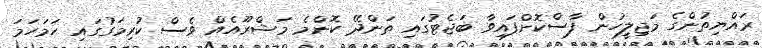
ރައްޔިތުންގެ މަޖިލީހުން ފާސްކޮށްފައިވާ ބަޖެޓުގައި ތަންދޭ ކޮންމެ މަޝްރޫއެއް ވެސް ކުރިމަގުގައި ހަމަހަމަ